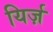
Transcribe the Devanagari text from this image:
यिर्ज़